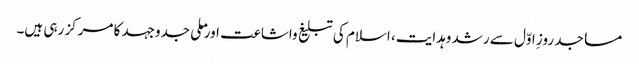
مساجد روزِ اوّل سے رشد وہدایت، اسلام کی تبلیغ واشاعت اور ملی جدوجہد کا مرکز رہی ہیں۔